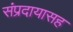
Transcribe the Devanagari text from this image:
संप्रदायासह